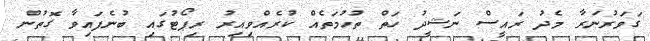
ގަވަރުނަރާ މެދު ރައީސް ނަޝީދު ހަތް ތުހުމަތެއް ކުރެއްވިއިރު ރިޕޯޓުގައި ބުނެފައިވާ ގޮތުން